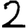
Digit: 2